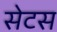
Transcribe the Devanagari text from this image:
सेटस